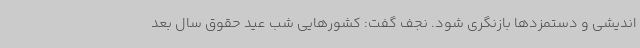
اندیشی و دستمزدها بازنگری شود. نجف گفت: کشورهایی شب عید حقوق سال بعد